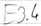
Text: E3.4